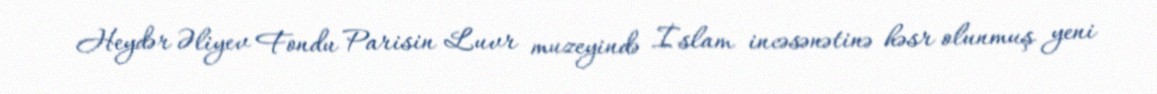
Heydər Əliyev Fondu Parisin Luvr muzeyində İslam incəsənətinə həsr olunmuş yeni